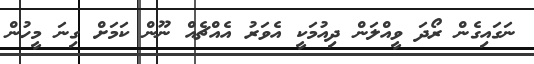
ނަގައިގެން ރޯދަ ވީއްލަން ދިއުމަކީ އެވަރު އެއްޗެއް ނޫން ކަމަށް ގިނަ މީހުން